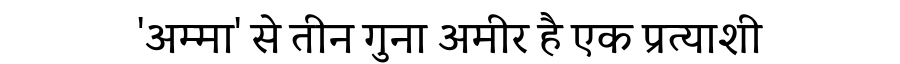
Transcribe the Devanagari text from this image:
'अम्मा' से तीन गुना अमीर है एक प्रत्याशी